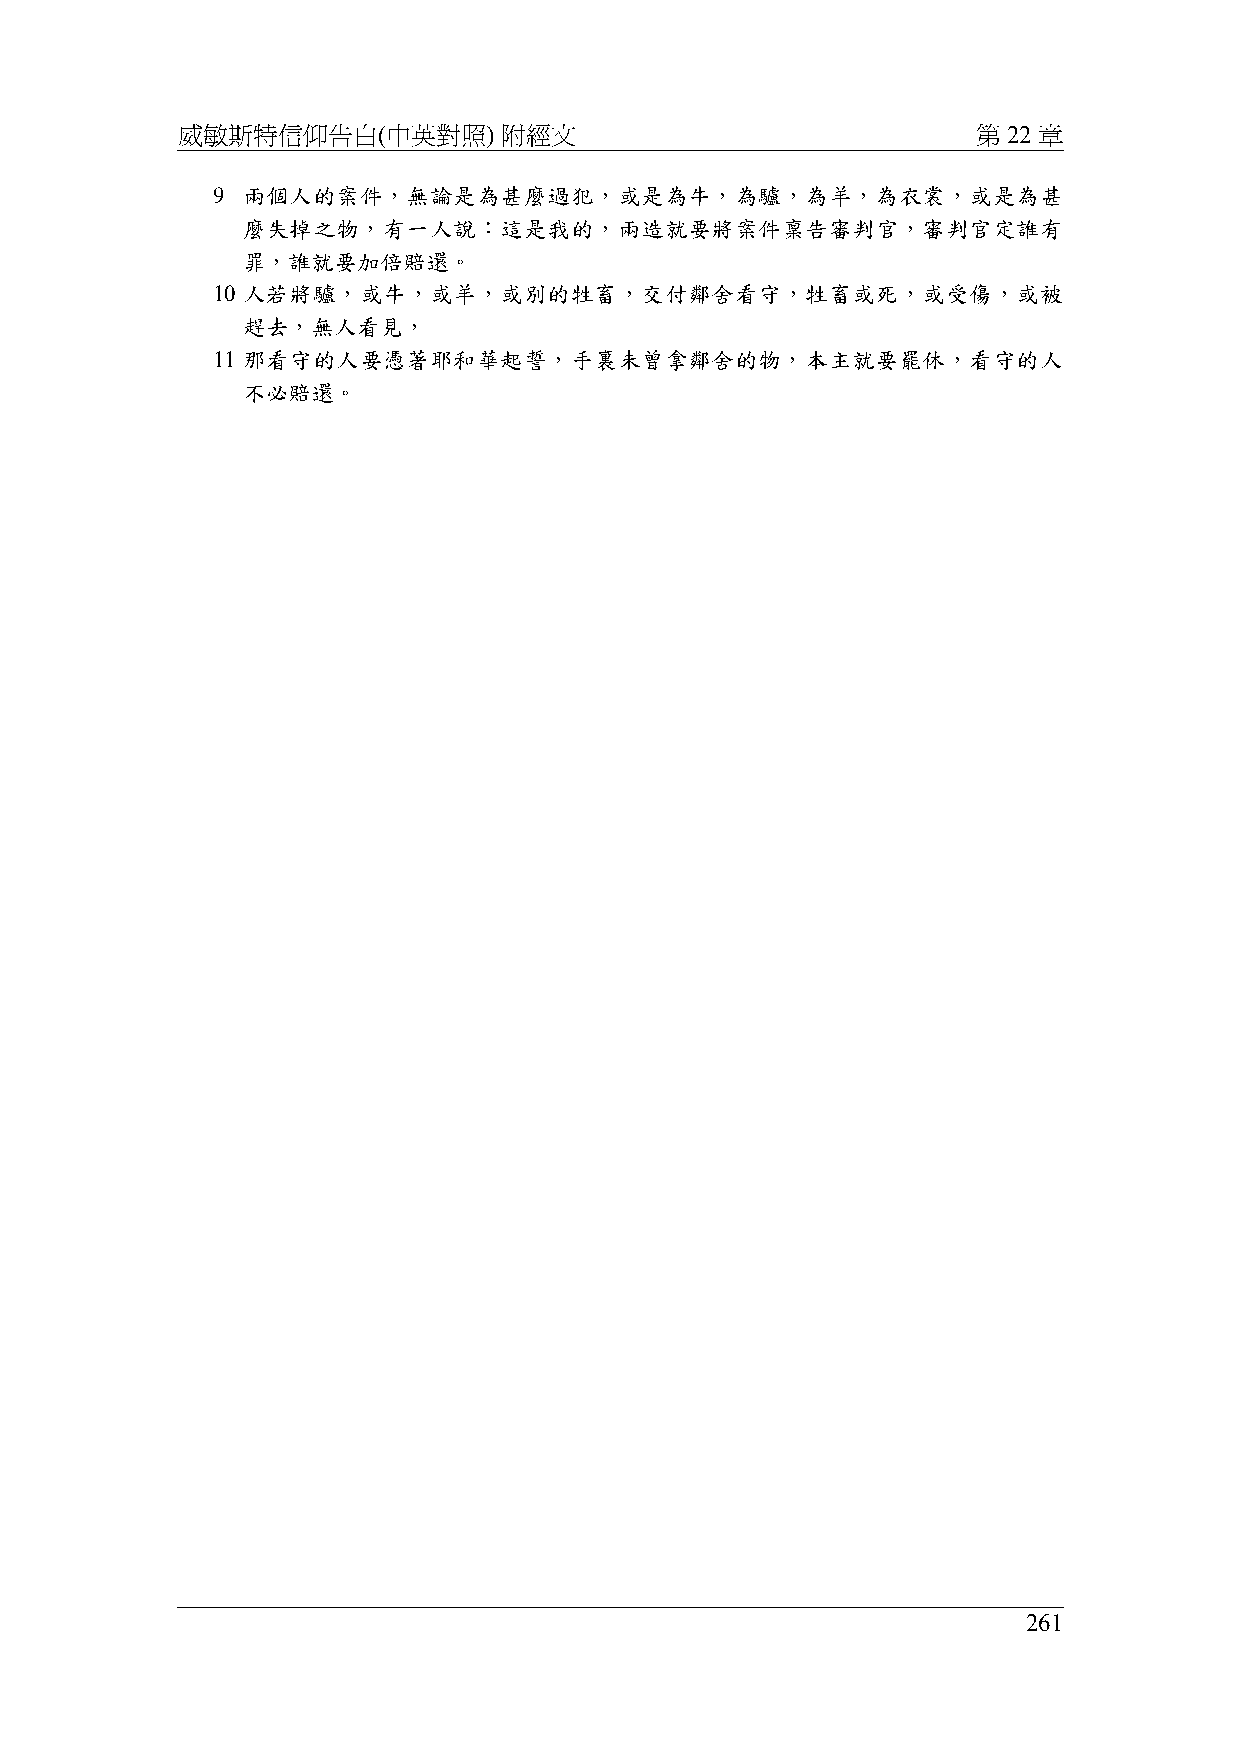
威敏斯特信仰告白(中英對照)       附經文                             第 22 章
 9 兩個人的案件，無論是為甚麼過犯，或是為牛，為驢，為羊，為衣裳，或是為甚
 麼失掉之物，有一人說：這是我的，兩造就要將案件稟告審判官，審判官定誰有
 罪，誰就要加倍賠還。
 10 人若將驢，或牛，或羊，或別的牲畜，交付鄰舍看守，牲畜或死，或受傷，或被
 趕去，無人看見，
 11 那看守的人要憑著耶和華起誓，手裏未曾拿鄰舍的物，本主就要罷休，看守的人
 不必賠還。
 261